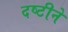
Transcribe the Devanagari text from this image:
दष्टीने